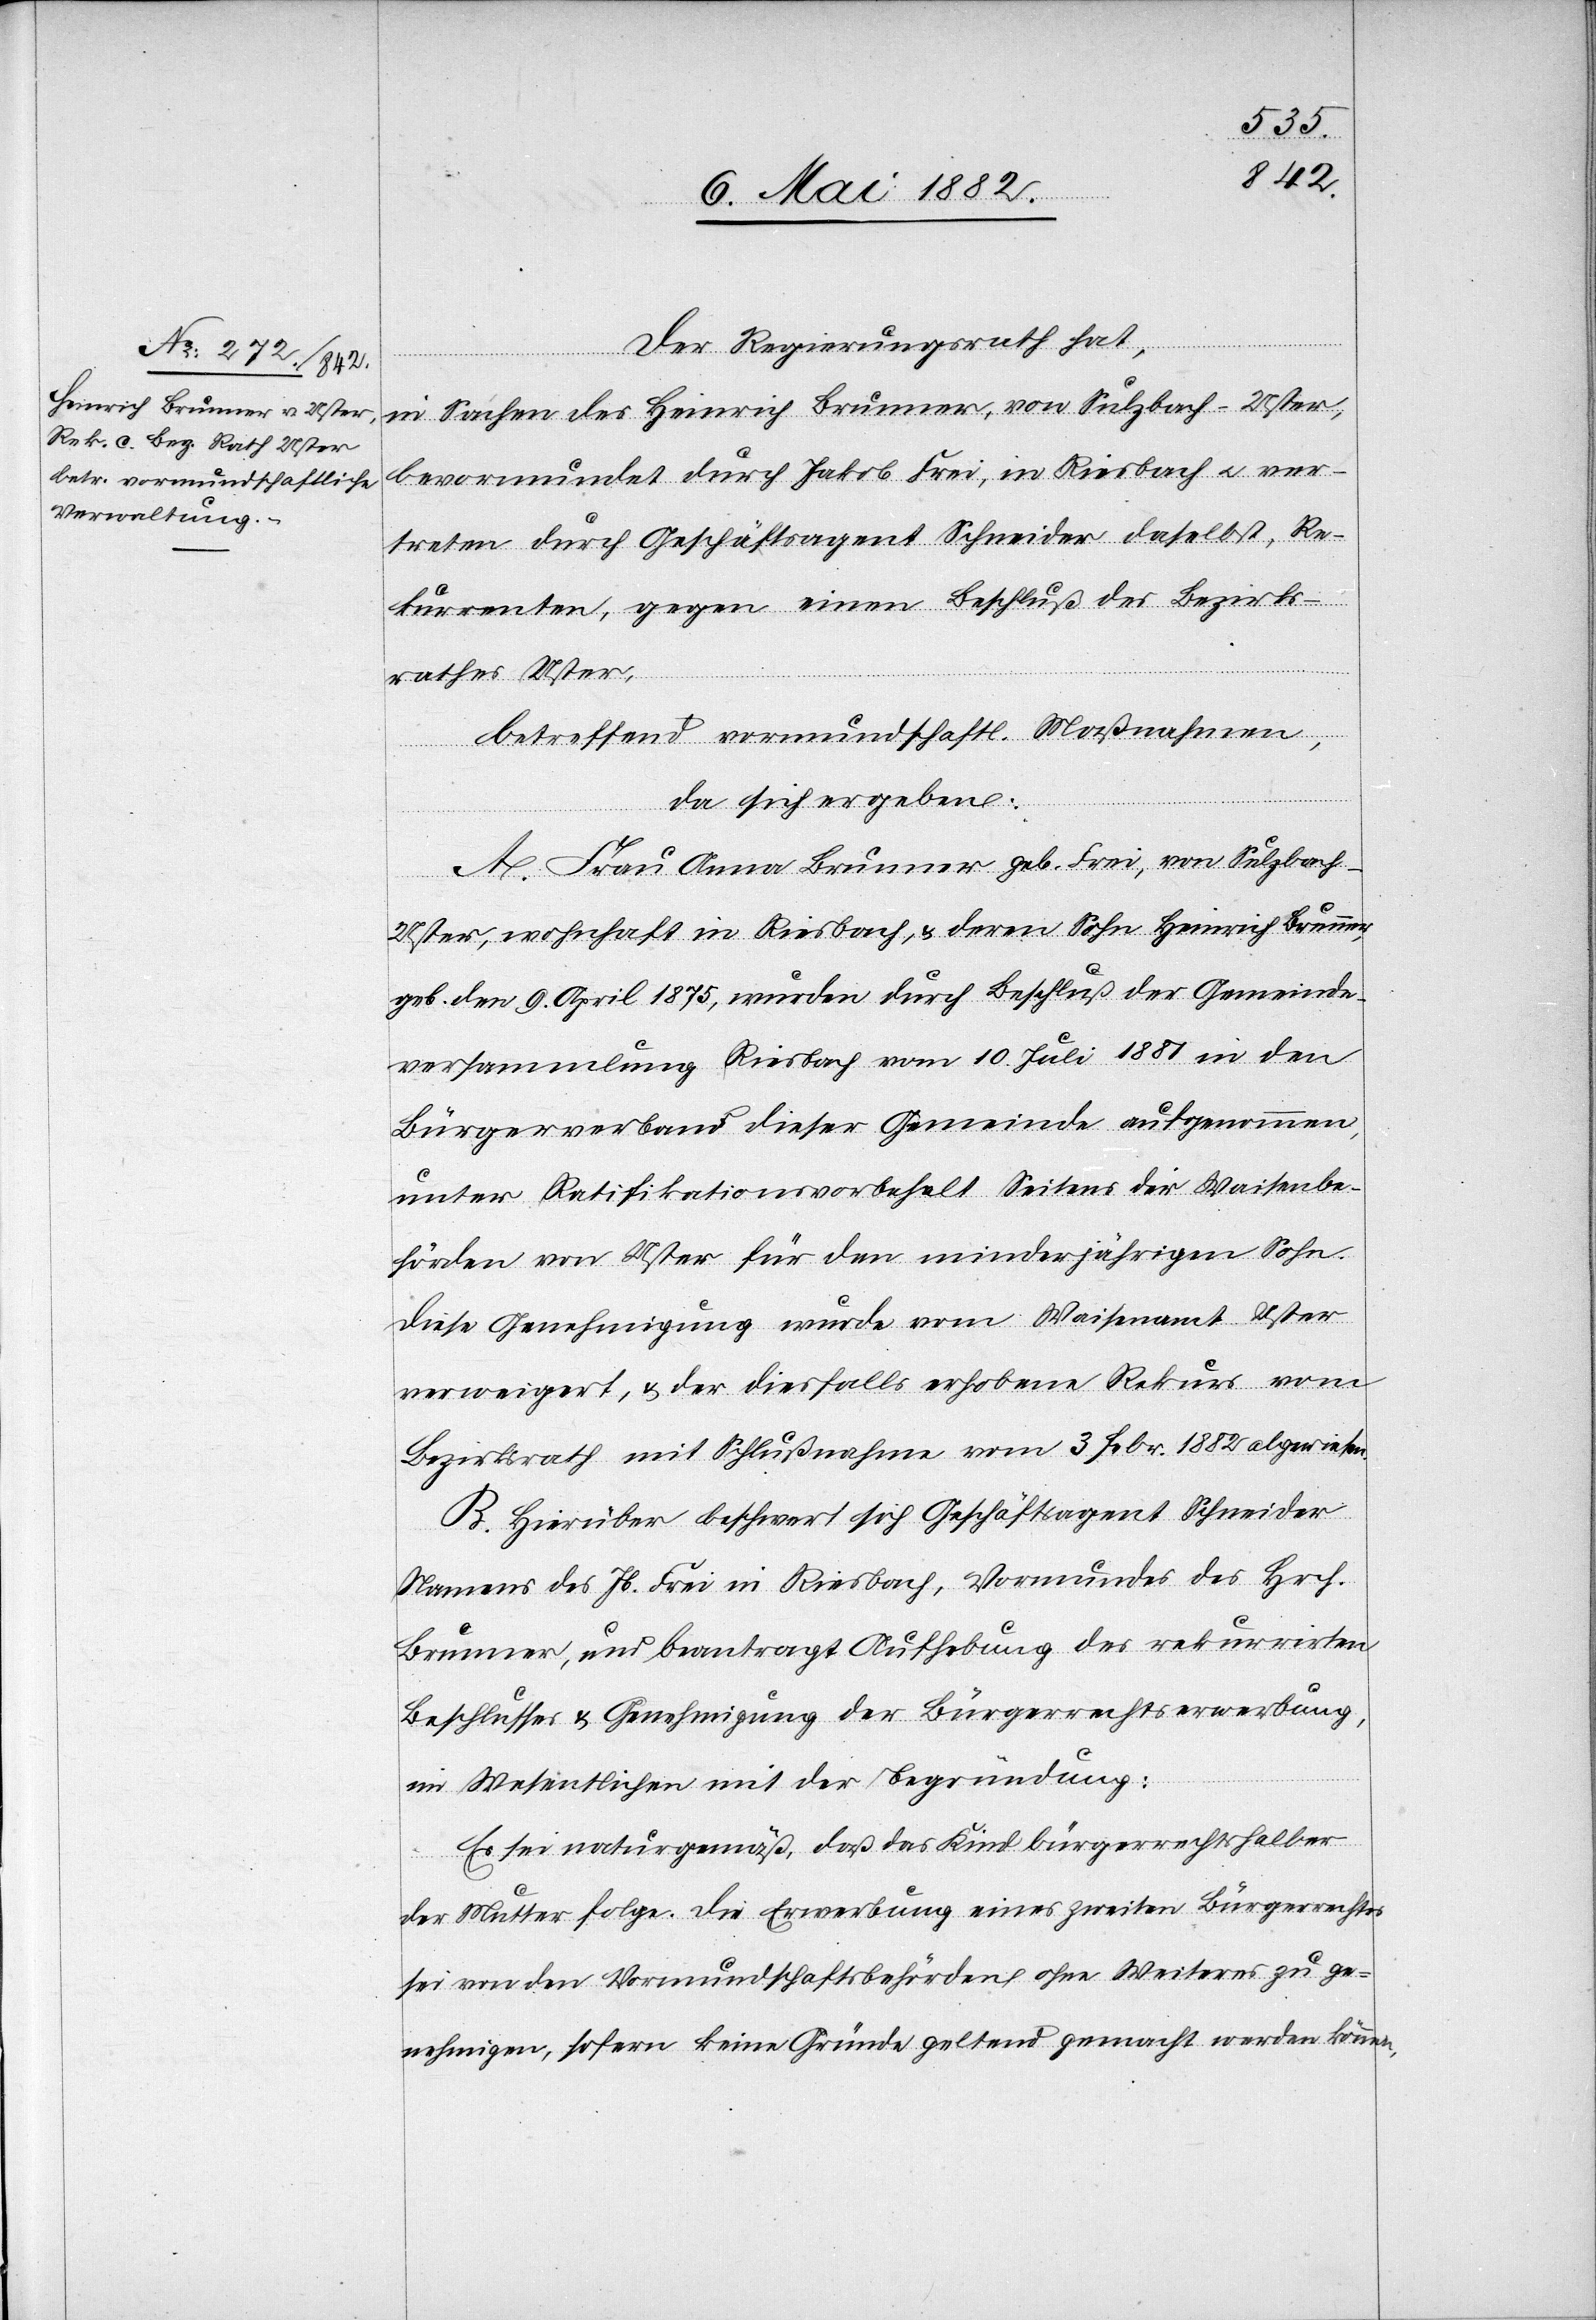
Der Regierungsrath hat,
in Sachen des Heinrich Brunner, von Sulzbach - Uster,
bevormundet durch Jakob Frei, in Riesbach u. ver¬
treten durch Geschäftsagent Schneider daselbst, Re¬
kurrenten gegen einen Beschluß des Bezirks¬
rathes Uster,
betreffend vormundschaftl. Maßnahmen
da sich ergeben:
A. Frau Anna Brunner geb. Frei, von Sulzbach
Uster, wohnhaft in Riesbach, & deren Sohn Heinrich Brunner,
geb. den 9. April 1875, wurden durch Beschluß der Gemeinde¬
versammlung Riesbach vom 10. Juli 1881 in den
Bürgerverband dieser Gemeinde aufgenommen,
unter Ratifikationsvorbehalt seitens der Waisenbe¬
hörden von Uster für den minderjährigen Sohn.
Diese Genehmigung wurde vom Waisenamt Uster
verweigert, & der diesfalls erhobene Rekurs vom
Bezirksrath mit Schlußnahme vom 3. Febr. 1882 abgewiesen.
B. Hierüber beschwert sich Geschäftsagent Schneider
Namens des Jb. Frei in Riesbach, Vormundes des Hrch.
Brunner, und beantragt Aufhebung des rekurrirten
Beschlusses & Genehmigung der Bürgerrechtserwerbung,
im Wesentlichen mit der Begründung:
Es sei naturgemäß, daß das Kind bürgerrechtshalber
der Mutter folge. Die Erwerbung eines zweiten Bürgerrechtes
sei von den Vormundschaftsbehörden ohne Weiteres zu ge¬
nehmigen, sofern keine Gründe geltend gemacht werden können,